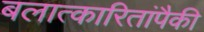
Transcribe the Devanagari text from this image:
बलात्‍कारितांपैकी